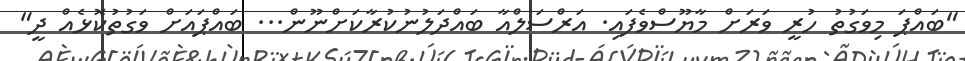
"ބައްޕަ މިވަގުތު ހުރީ ވަރަށް މާޔޫސްވެފައި. އަރްސަލްއާ ބައްދަލުނުކުރާކަށްނޫން... ބައްޕައަށް ވަގުތުކޮޅެއް ދީ"